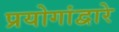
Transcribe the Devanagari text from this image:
प्रयोगांद्वारे